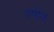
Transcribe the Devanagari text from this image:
उपोउ